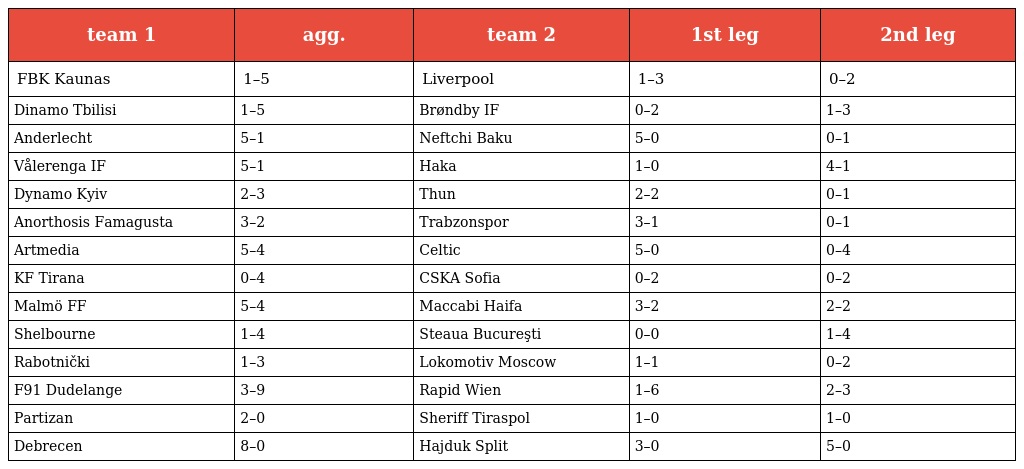
| team 1 | agg. | team 2 | 1st leg | 2nd leg |
 | --- | --- | --- | --- | --- |
 | FBK Kaunas | 1–5 | Liverpool | 1–3 | 0–2 |
 | Dinamo Tbilisi | 1–5 | Brøndby IF | 0–2 | 1–3 |
 | Anderlecht | 5–1 | Neftchi Baku | 5–0 | 0–1 |
 | Vålerenga IF | 5–1 | Haka | 1–0 | 4–1 |
 | Dynamo Kyiv | 2–3 | Thun | 2–2 | 0–1 |
 | Anorthosis Famagusta | 3–2 | Trabzonspor | 3–1 | 0–1 |
 | Artmedia | 5–4 | Celtic | 5–0 | 0–4 |
 | KF Tirana | 0–4 | CSKA Sofia | 0–2 | 0–2 |
 | Malmö FF | 5–4 | Maccabi Haifa | 3–2 | 2–2 |
 | Shelbourne | 1–4 | Steaua Bucureşti | 0–0 | 1–4 |
 | Rabotnički | 1–3 | Lokomotiv Moscow | 1–1 | 0–2 |
 | F91 Dudelange | 3–9 | Rapid Wien | 1–6 | 2–3 |
 | Partizan | 2–0 | Sheriff Tiraspol | 1–0 | 1–0 |
 | Debrecen | 8–0 | Hajduk Split | 3–0 | 5–0 |